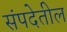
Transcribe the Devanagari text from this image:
संपदेतील